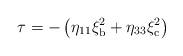
LaTeX: \begin{align*}\tau = -\left(\eta_{11}\xi_{\rm b}^2+\eta_{33}\xi_{\rm c}^2\right)\end{align*}